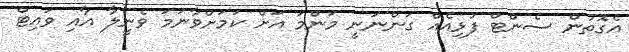
އެގޮތުން ސެންޓް ފުޅިއެއް ގަންނަނީ މަންމަ އަށް ކަމަށްވާނަމަ ވެނީލާ އާއި ވައިޓް